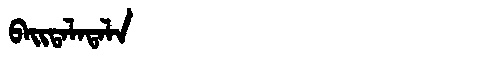
Manchu: ᠪᠠᡳᡨᠠᠯᠠᡨᠠᠯᠠ
Romanization: BAITALATALA